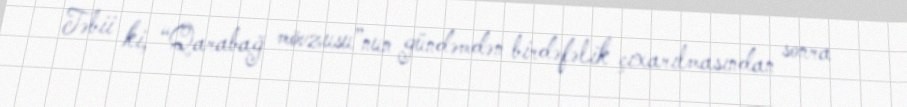
Təbii ki, “Qarabağ mövzusu”nun gündəmdən birdəfəlik çıxarılmasından sonra